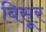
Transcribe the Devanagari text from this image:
बिसूर